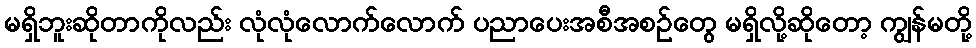
မရှိဘူးဆိုတာကိုလည်း လုံလုံလောက်လောက် ပညာပေးအစီအစဉ်တွေ မရှိလို့ဆိုတော့ ကျွန်မတို့